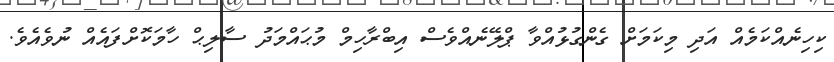
ކިހިނެއްކަމެއް އަދި މިކަމަށް ގެންގުޅުއްވާ ޕްލޭނެއްވެސް އިބްރާހިމް މުޙައްމަދު ސާލިޙް ހާމަކޮށްފައެއް ނުވެއެވެ.